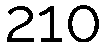
210